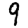
Digit: 9